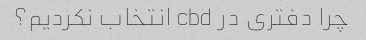
چرا دفتری در cbd انتخاب نکردیم؟